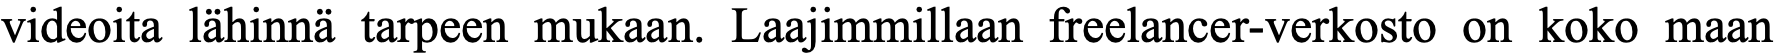
videoita lähinnä tarpeen mukaan. Laajimmillaan freelancer-verkosto on koko maan